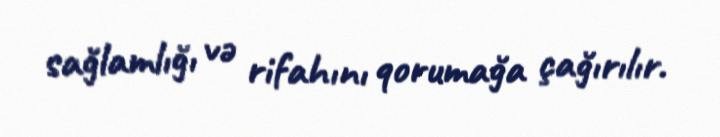
sağlamlığı və rifahını qorumağa çağırılır.